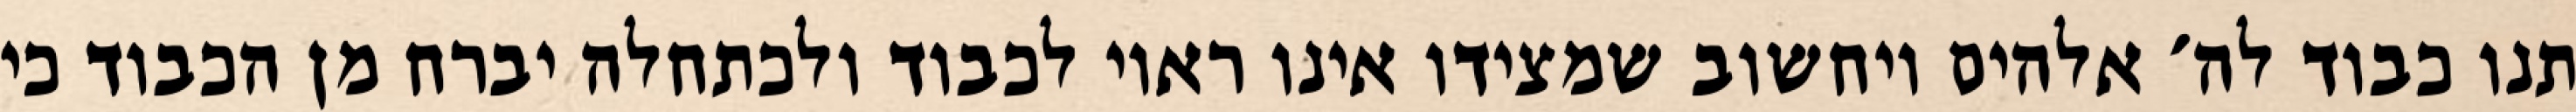
תנו כבוד לה׳ אלהים ויחשוב שמצידו אינו ראוי לכבוד ולכתחלה יברח מן הכבוד כי